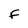
Character: F